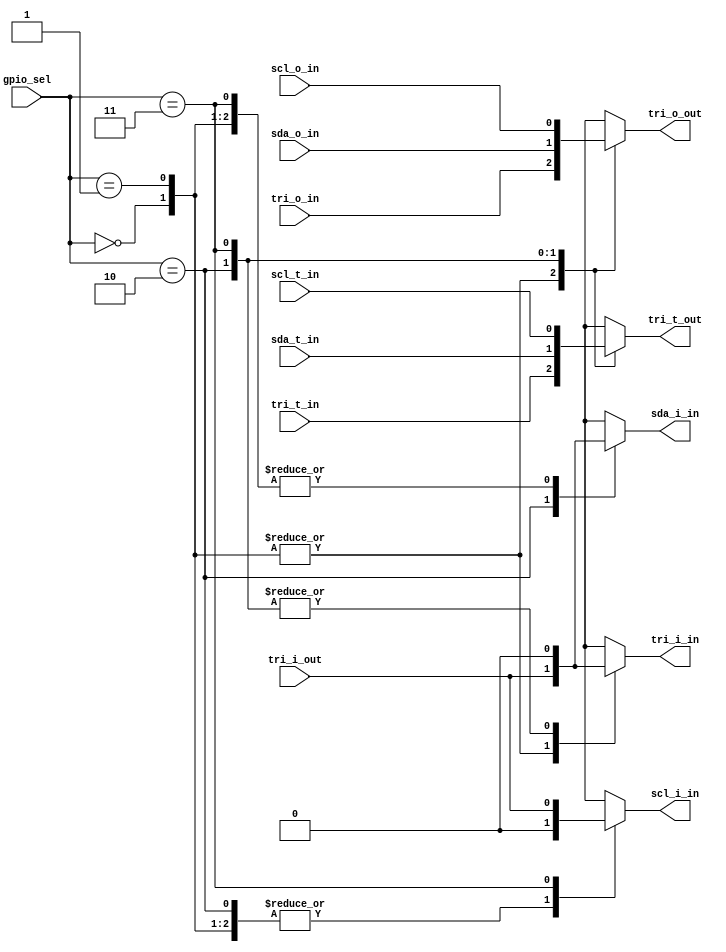
module arduino_switch_analog_bit(
// configuration
    input [1:0] gpio_sel,  // 00 and 01=digital I/O, 10= SDA (only for bit 4), 11= SCL (only for bit 5)
// Shield connector side
    input tri_i_out,   // data from shield pin to switch
    output reg tri_o_out,   // data from switch to shield pin
    output reg tri_t_out,   // tri state control from switch to shield pin
    
//    input analog_p_in,        // analog input from the connector to switch
//    input analog_n_in,        // analog input from the connector to switch
// PL side
    // digital I/O
    output tri_i_in,   // data from switch to PL
    input tri_o_in,    // data from PL to switch
    input tri_t_in,    // tri state control from PL to switch
    // analog input
//    output analog_p_out, // analog from switch to XADC
//    output analog_n_out, // analog from switch to XADC
    // SDA and SCL of I2C
    output sda_i_in,  // SDA data from switch to I2C 
    input sda_o_in,   // SDA data from I2C to switch 
    input sda_t_in,   // SDA data tri state control from I2C to switch 
    output scl_i_in,  // SCL clock from switch to I2C
    input scl_o_in,   // SCL clock from I2C to switch
    input scl_t_in    // SCL clock tri state control from I2C to switch
    );
    
    reg [2:0] tri_i_out_demux;
    assign {scl_i_in,sda_i_in, tri_i_in} = tri_i_out_demux;
    
//    assign analog_p_out=analog_p_in;
//    assign analog_n_out=analog_n_in;

    always @(gpio_sel, tri_o_in, scl_o_in, sda_o_in)
       case (gpio_sel)
          2'h0: tri_o_out = tri_o_in;   // analog, so no output
          2'h1: tri_o_out = tri_o_in;   // digital I/O
          2'h2: tri_o_out = sda_o_in;   // I2C SDA only for analog channel 4
          2'h3: tri_o_out = scl_o_in;   // I2C SCL only for analog channel 5
       endcase

    always @(gpio_sel, tri_i_out)
    begin
       tri_i_out_demux = {3{1'b0}};
       case (gpio_sel)
          2'h0: tri_i_out_demux[0] = tri_i_out;     // digital I/O
          2'h1: tri_i_out_demux[0] = tri_i_out;     // digital I/O
          2'h2: tri_i_out_demux[1] = tri_i_out;     // SDA
          2'h3: tri_i_out_demux[2] = tri_i_out;     // SCL
       endcase
    end

    always @(gpio_sel, tri_t_in, scl_t_in, sda_t_in)
       case (gpio_sel)
          2'h0: tri_t_out = tri_t_in;   // digital I/O
          2'h1: tri_t_out = tri_t_in;   // digital I/O
          2'h2: tri_t_out = sda_t_in;   // I2C SDA only for analog channel 4 
          2'h3: tri_t_out = scl_t_in;   // I2C SCL only for analog channel 5
       endcase

endmodule